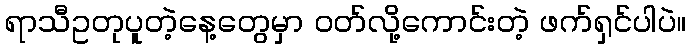
ရာသီဥတုပူတဲ့နေ့တွေမှာ ဝတ်လို့ကောင်းတဲ့ ဖက်ရှင်ပါပဲ။